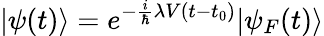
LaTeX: |\psi(t)\rangle=e^{-{\frac{i}{\hbar}}\lambda V(t-t_{0})}|\psi_{F}(t)\rangle